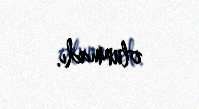
olunmadı.